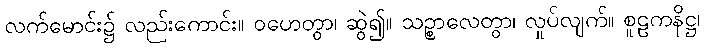
လက်မောင်း၌ လည်းကောင်း။ ဝဟေတွာ၊ ဆွဲ၍။ သဉ္စာလေတွာ၊ လှုပ်လျက်။ စူဠကနိဋ္ဌ၊